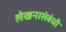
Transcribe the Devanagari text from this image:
लेखनासंबंधी